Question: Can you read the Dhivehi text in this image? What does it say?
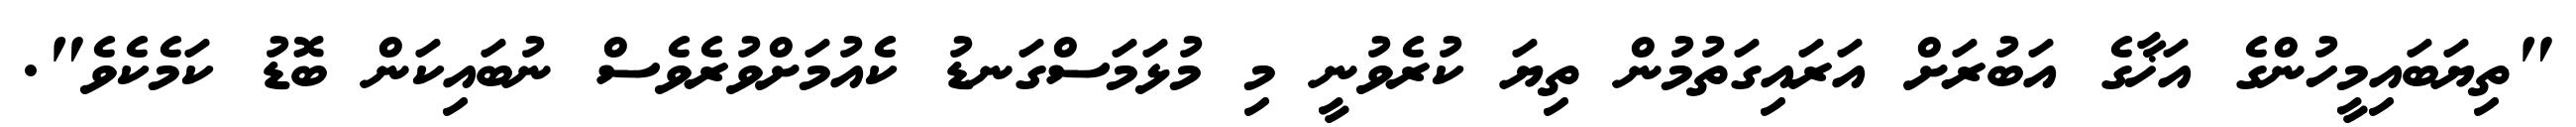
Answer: "ތިޔަބައިމީހުންގެ އަޚާގެ އަބުރަށް އަރައިގަތުމުން ތިޔަ ކުރެވުނީ މި މުޅަމަސްގަނޑު ކެއުމަށްވުރެވެސް ނުބައިކަން ބޮޑު ކަމެކެވެ".